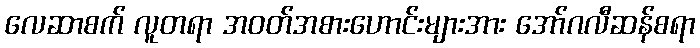
လေဆာစက် လူတရာ အဝတ်အစားဟောင်းများအား အော်ဂလီဆန်စရာ